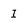
Character: I